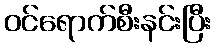
ဝင်ရောက်စီးနင်းပြီး